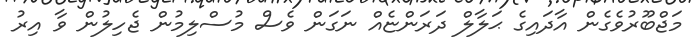
މަޖްބޫރުވެގެން އާދައިގެ ޙަލާލް ދަރަންޏެއް ނަގަން ވެސް މުސްލިމުން ޖެހިލުން ވާ އިރު